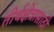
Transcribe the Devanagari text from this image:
तीर्थक्षेत्रासाठी